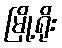
မြို့ရိုး